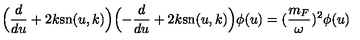
\Bigl ( \frac { d } { d u } + 2 k \mathrm { s n } ( u , k ) \Bigr ) \Bigl ( - \frac { d } { d u } + 2 k \mathrm { s n } ( u , k ) \Bigr ) \phi ( u ) = ( \frac { m _ { F } } { \omega } ) ^ { 2 } \phi ( u )